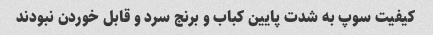
کیفیت سوپ به شدت پایین کباب و برنج سرد و قابل خوردن نبودند